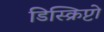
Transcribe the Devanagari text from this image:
डिस्क्रिप्टो